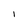
Character: I